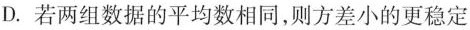
D.若两组数据的平均数相同，则方差小的更稳定